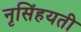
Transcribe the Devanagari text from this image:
नृसिंहयती